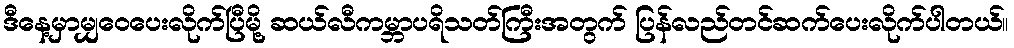
ဒီနေ့မှာမျှဝေပေးလိုက်ပြီမို့ ဆယ်လီကမ္ဘာပရိသတ်ကြီးအတွက် ပြန်လည်တင်ဆက်ပေးလိုက်ပါတယ်။